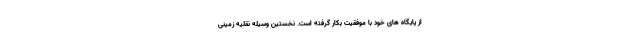
از پایگاه های خود با موفقیت بکار گرفته است. نخستین وسیله نقلیه زمینی